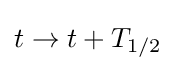
t\rightarrow t+T_{1/2}\,\!